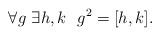
LaTeX: \begin{align*} \forall g \ \exists h, k \ \ g^2 = [h,k].\end{align*}